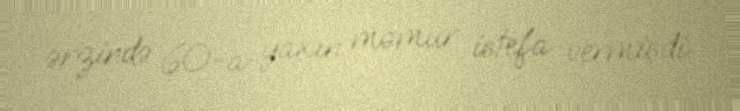
ərzində 60-a yaxın məmur istefa vermişdi.